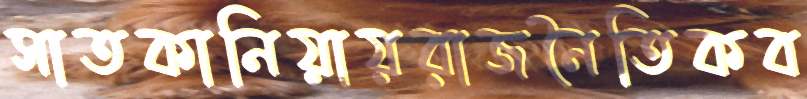
সাতকানিয়ায়রাজনৈতিকব